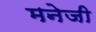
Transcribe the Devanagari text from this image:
मनेजी